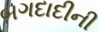
બગદાદીની